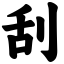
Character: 刮